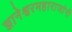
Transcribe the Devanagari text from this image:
ज्ञानेश्वरमहाराजांनी